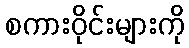
စကားဝိုင်းများကို